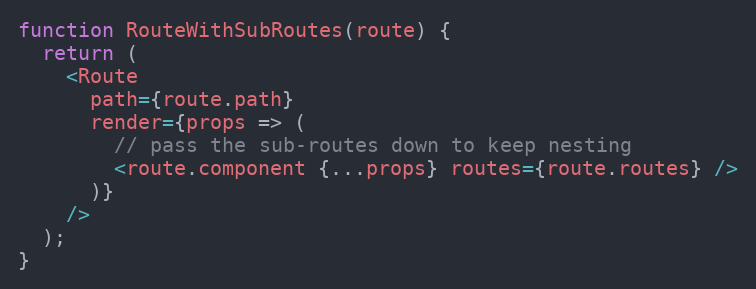
Language: JavaScript
function RouteWithSubRoutes(route) {
  return (
    <Route
      path={route.path}
      render={props => (
        // pass the sub-routes down to keep nesting
        <route.component {...props} routes={route.routes} />
      )}
    />
  );
}